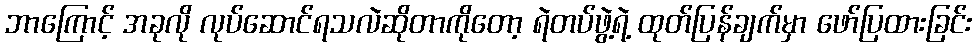
ဘာကြောင့် အခုလို လုပ်ဆောင်ရသလဲဆိုတာကိုတော့ ရဲတပ်ဖွဲ့ရဲ့ ထုတ်ပြန်ချက်မှာ ဖော်ပြထားခြင်း